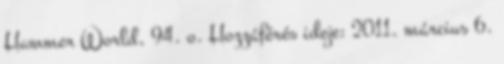
Hammer World, 94. o. Hozzáférés ideje: 2011. március 6.